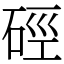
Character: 硜